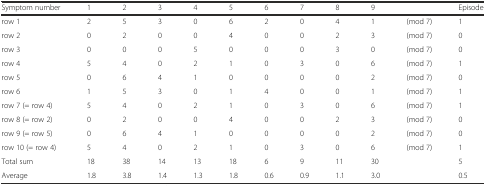
<table><thead><tr><td><b>Symptom number</b></td><td><b>1</b></td><td><b>2</b></td><td><b>3</b></td><td><b>4</b></td><td><b>5</b></td><td><b>6</b></td><td><b>7</b></td><td><b>8</b></td><td><b>9</b></td><td>[EMPTY_CELL]</td><td><b>Episode</b></td></tr></thead><tbody><tr><td>row 1</td><td>2</td><td>5</td><td>3</td><td>0</td><td>6</td><td>2</td><td>0</td><td>4</td><td>1</td><td>(mod 7)</td><td>1</td></tr><tr><td>row 2</td><td>0</td><td>2</td><td>0</td><td>0</td><td>4</td><td>0</td><td>0</td><td>2</td><td>3</td><td>(mod 7)</td><td>0</td></tr><tr><td>row 3</td><td>0</td><td>0</td><td>0</td><td>5</td><td>0</td><td>0</td><td>0</td><td>3</td><td>0</td><td>(mod 7)</td><td>0</td></tr><tr><td>row 4</td><td>5</td><td>4</td><td>0</td><td>2</td><td>1</td><td>0</td><td>3</td><td>0</td><td>6</td><td>(mod 7)</td><td>1</td></tr><tr><td>row 5</td><td>0</td><td>6</td><td>4</td><td>1</td><td>0</td><td>0</td><td>0</td><td>0</td><td>2</td><td>(mod 7)</td><td>0</td></tr><tr><td>row 6</td><td>1</td><td>5</td><td>3</td><td>0</td><td>1</td><td>4</td><td>0</td><td>0</td><td>1</td><td>(mod 7)</td><td>1</td></tr><tr><td>row 7 (= row 4)</td><td>5</td><td>4</td><td>0</td><td>2</td><td>1</td><td>0</td><td>3</td><td>0</td><td>6</td><td>(mod 7)</td><td>1</td></tr><tr><td>row 8 (= row 2)</td><td>0</td><td>2</td><td>0</td><td>0</td><td>4</td><td>0</td><td>0</td><td>2</td><td>3</td><td>(mod 7)</td><td>0</td></tr><tr><td>row 9 (= row 5)</td><td>0</td><td>6</td><td>4</td><td>1</td><td>0</td><td>0</td><td>0</td><td>0</td><td>2</td><td>(mod 7)</td><td>0</td></tr><tr><td>row 10 (= row 4)</td><td>5</td><td>4</td><td>0</td><td>2</td><td>1</td><td>0</td><td>3</td><td>0</td><td>6</td><td>(mod 7)</td><td>1</td></tr><tr><td>Total sum</td><td>18</td><td>38</td><td>14</td><td>13</td><td>18</td><td>6</td><td>9</td><td>11</td><td>30</td><td>[EMPTY_CELL]</td><td>5</td></tr><tr><td>Average</td><td>1.8</td><td>3.8</td><td>1.4</td><td>1.3</td><td>1.8</td><td>0.6</td><td>0.9</td><td>1.1</td><td>3.0</td><td>[EMPTY_CELL]</td><td>0.5</td></tr></tbody></table>